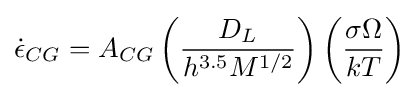
{\dot {\epsilon }}_{CG}=A_{CG}\left({\frac {D_{L}}{h^{3.5}M^{1/2}}}\right)\left({\frac {\sigma \Omega }{kT}}\right)